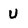
Character: U